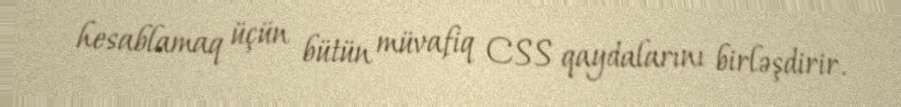
hesablamaq üçün bütün müvafiq CSS qaydalarını birləşdirir.